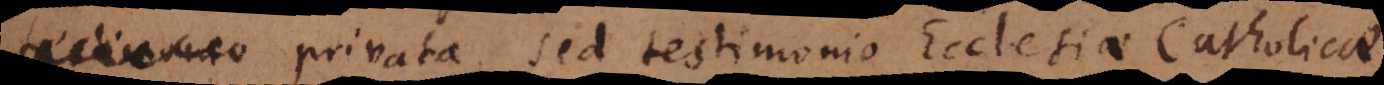
testimonio privata, sed testimonio Ecclesiae Catholicae